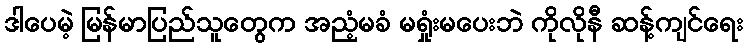
ဒါပေမဲ့ မြန်မာပြည်သူတွေက အညံ့မခံ မရှုံးမပေးဘဲ ကိုလိုနီ ဆန့်ကျင်ရေး